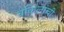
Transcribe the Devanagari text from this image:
वकिलांची